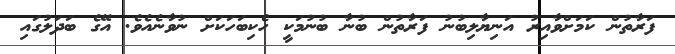
ފަރާތުން ކަމަށްވާއިރު އަނިޔާލިބުނު ފަރާތުން ބުނާ ބުނުމަކީ ހެކިބަހަކަށް ނުވާނެއެވެ. އޭގެ ބަދަލުގައި